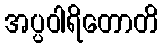
အပ္ပဝါရိတောတိ